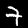
Label: 7